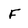
Character: F